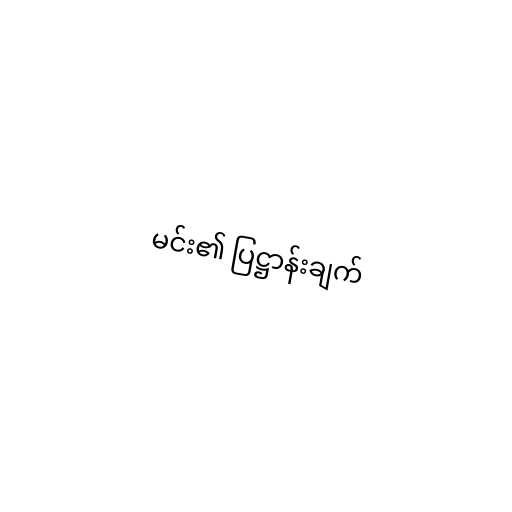
မင်း၏ ပြဋ္ဌာန်းချက်